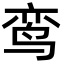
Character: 鸾